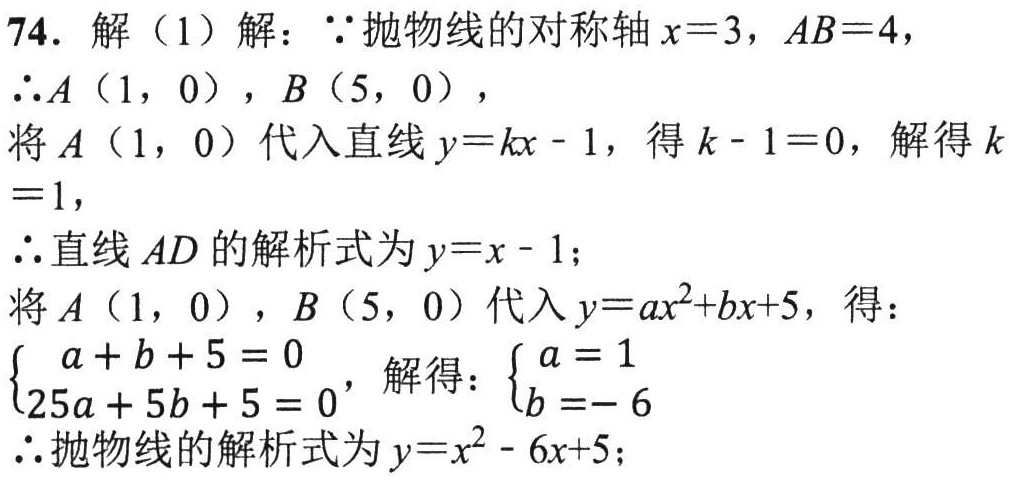
74. 解（1）解：\(\because\)抛物线的对称轴\(x = 3\)，\(AB = 4\)，
\(\therefore A(1,0)\)，\(B(5,0)\)，
将\(A(1,0)\)代入直线\(y = kx - 1\)，得\(k - 1 = 0\)，解得\(k = 1\)，
\(\therefore\)直线\(AD\)的解析式为\(y = x - 1\)；
将\(A(1,0)\)，\(B(5,0)\)代入\(y = ax^{2}+bx + 5\)，得：
\(\begin{cases}a + b + 5 = 0\\25a + 5b + 5 = 0\end{cases}\)，解得：\(\begin{cases}a = 1\\b = - 6\end{cases}\)
\(\therefore\)抛物线的解析式为\(y = x^{2}-6x + 5\)；